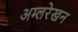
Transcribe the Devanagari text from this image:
अम्लरेखन